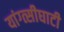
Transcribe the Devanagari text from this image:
यांग्त्सीघाटी